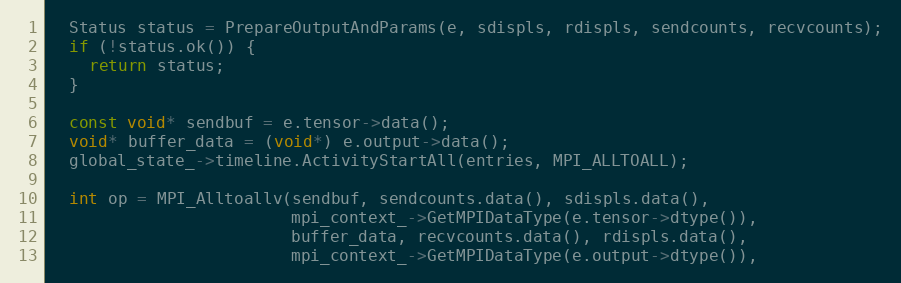
Language: C++
  Status status = PrepareOutputAndParams(e, sdispls, rdispls, sendcounts, recvcounts);
  if (!status.ok()) {
    return status;
  }

  const void* sendbuf = e.tensor->data();
  void* buffer_data = (void*) e.output->data();
  global_state_->timeline.ActivityStartAll(entries, MPI_ALLTOALL);

  int op = MPI_Alltoallv(sendbuf, sendcounts.data(), sdispls.data(),
                         mpi_context_->GetMPIDataType(e.tensor->dtype()),
                         buffer_data, recvcounts.data(), rdispls.data(),
                         mpi_context_->GetMPIDataType(e.output->dtype()),